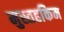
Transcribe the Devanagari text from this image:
मुस्तहकिम